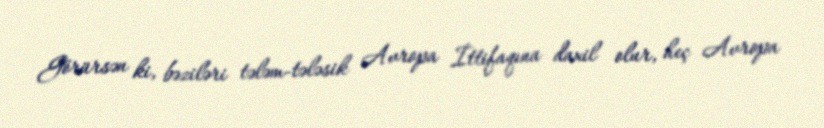
Görürsən ki, bəziləri tələm-tələsik Avropa İttifaqına daxil olur, heç Avropa